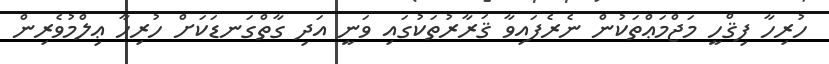
ހުރިހާ ފިޤްހީ މަޖްމަޢްތަކުން ނެރެފައިވާ ޤަރާރުތަކުގައި ވަނީ އަދި ގާތްގަނޑަކަށް ހުރިހާ ޢިލްމުވެރިން